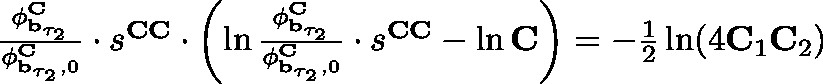
\begin{array} { r } { \frac { \mathbf { \phi } _ { \mathbf { b } _ { \tau _ { 2 } } } ^ { \mathbf { C } } } { \mathbf { \phi } _ { \mathbf { b } _ { \tau _ { 2 } } , 0 } ^ { \mathbf { C } } } \cdot s ^ { \mathbf { C C } } \cdot \left( \ln \frac { \mathbf { \phi } _ { \mathbf { b } _ { \tau _ { 2 } } } ^ { \mathbf { C } } } { \mathbf { \phi } _ { \mathbf { b } _ { \tau _ { 2 } } , 0 } ^ { \mathbf { C } } } \cdot s ^ { \mathbf { C C } } - \ln \mathbf { C } \right) = - \frac { 1 } { 2 } \ln ( 4 \mathbf { C } _ { 1 } \mathbf { C } _ { 2 } ) } \end{array}